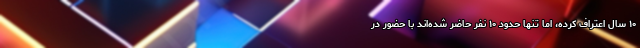
۱۰ سال اعتراف کرده، اما تنها حدود ۱۰ نفر حاضر شده‌اند با حضور در